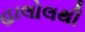
હાલોલથી